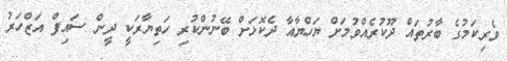
ވެރިކަމުގެ ބާރުތައް ދޫކުރެއްވުމަށް ޔަހްޔާއާ ދެކޮޅަށް ބޭނުންކުރި ހަތިޔާރަކީ ދީން ސައިފް އަޒްހަރު